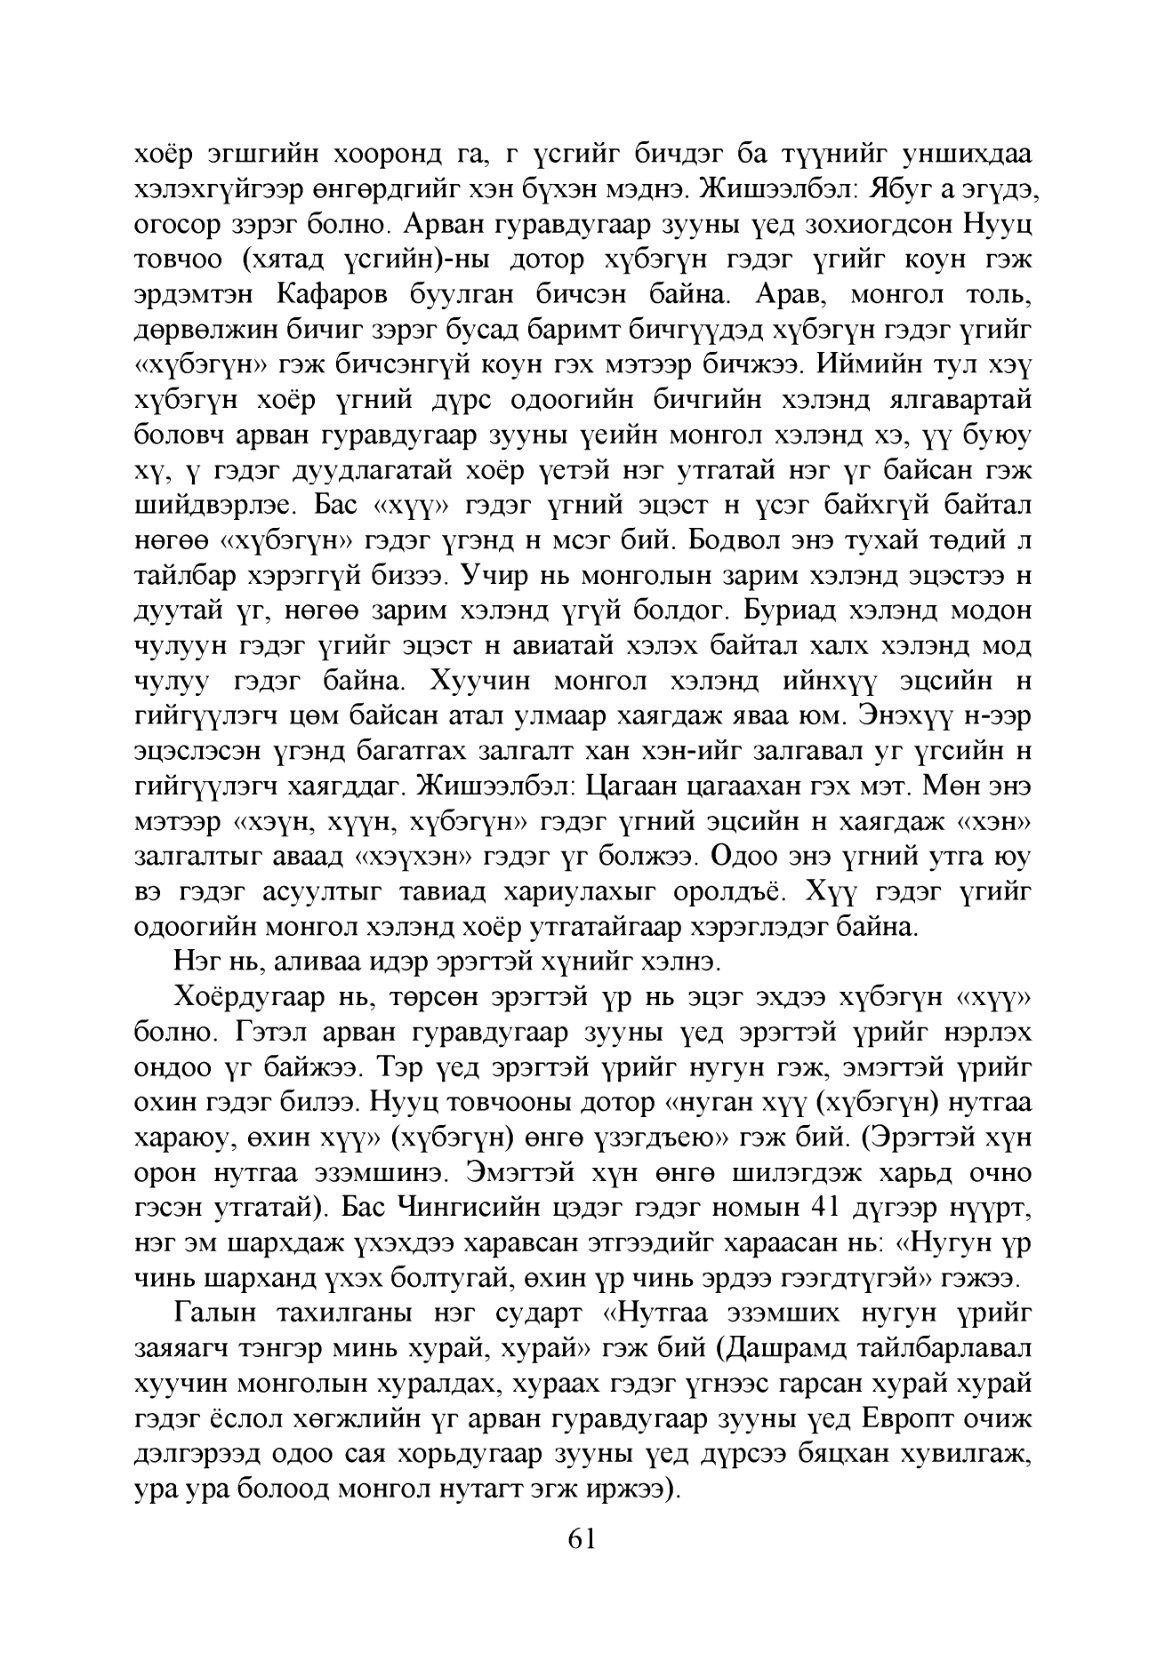
Language: mn